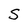
Character: S